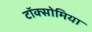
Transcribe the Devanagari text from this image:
टॉक्सोमिया